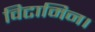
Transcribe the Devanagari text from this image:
विटामिन।